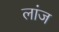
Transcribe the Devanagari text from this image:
लांज